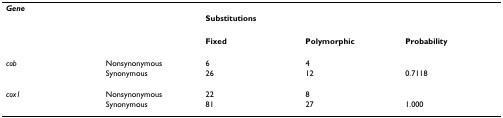
<table><thead><tr><td><b><i>Gene</i></b></td><td></td><td></td><td></td><td></td></tr><tr><td></td><td></td><td colspan="3"><b>Substitutions</b></td></tr><tr><td></td><td></td><td><b>Fixed</b></td><td><b>Polymorphic</b></td><td><b>Probability</b></td></tr></thead><tbody><tr><td><i>cob</i></td><td>Nonsynonymous</td><td>6</td><td>4</td><td></td></tr><tr><td></td><td>Synonymous</td><td>26</td><td>12</td><td>0.7118</td></tr><tr><td><i>cox1</i></td><td>Nonsynonymous</td><td>22</td><td>8</td><td></td></tr><tr><td></td><td>Synonymous</td><td>81</td><td>27</td><td>1.000</td></tr></tbody></table>